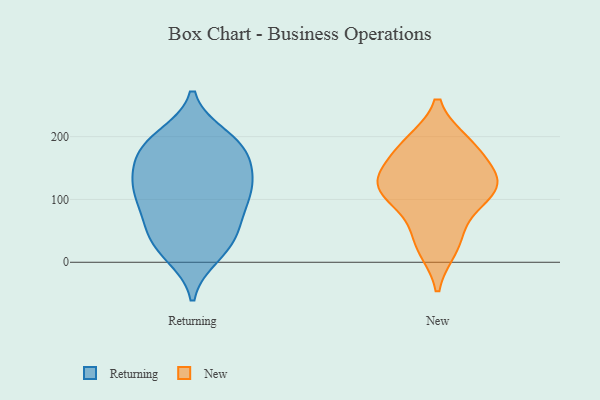
{"axis": {"x": "Headcount", "y": "Value"}, "legend": ["New", "Returning"], "data": [{"x": "", "y": 179, "type": "Returning"}, {"x": "", "y": 61, "type": "Returning"}, {"x": "", "y": 49, "type": "Returning"}, {"x": "", "y": 115, "type": "Returning"}, {"x": "", "y": 29, "type": "Returning"}, {"x": "", "y": 165, "type": "Returning"}, {"x": "", "y": 190, "type": "Returning"}, {"x": "", "y": 96, "type": "Returning"}, {"x": "", "y": 184, "type": "Returning"}, {"x": "", "y": 17, "type": "Returning"}, {"x": "", "y": 48, "type": "Returning"}, {"x": "", "y": 121, "type": "Returning"}, {"x": "", "y": 191, "type": "Returning"}, {"x": "", "y": 90, "type": "Returning"}, {"x": "", "y": 138, "type": "Returning"}, {"x": "", "y": 11, "type": "Returning"}, {"x": "", "y": 137, "type": "Returning"}, {"x": "", "y": 99, "type": "Returning"}, {"x": "", "y": 135, "type": "Returning"}, {"x": "", "y": 200, "type": "Returning"}, {"x": "", "y": 127, "type": "New"}, {"x": "", "y": 182, "type": "New"}, {"x": "", "y": 188, "type": "New"}, {"x": "", "y": 119, "type": "New"}, {"x": "", "y": 25, "type": "New"}, {"x": "", "y": 120, "type": "New"}, {"x": "", "y": 122, "type": "New"}, {"x": "", "y": 36, "type": "New"}, {"x": "", "y": 129, "type": "New"}, {"x": "", "y": 181, "type": "New"}, {"x": "", "y": 87, "type": "New"}]}